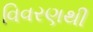
વિવરણથી